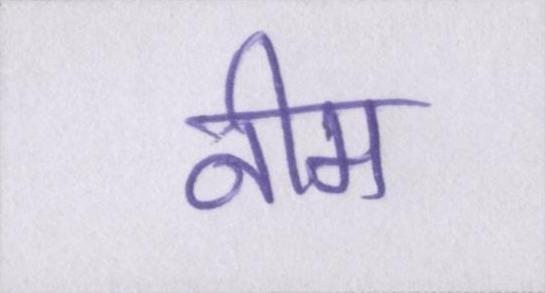
नीम